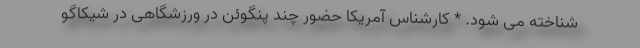
شناخته می شود. * کارشناس آمریکا حضور چند پنگوئن در ورزشگاهی در شیکاگو